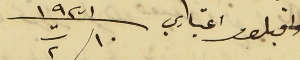
واقبلو اعتباري ١٠ ت٢ سنة ١٩٣١